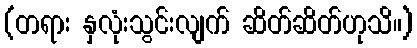
(တရား နှလုံးသွင်းလျက် ဆိတ်ဆိတ်ဟုသိ။)